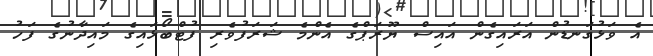
އެ ވަޅުގަނޑުން އަރައިގެން އައިސް ޔޫރަޕްގެ އެންމެ ޝަރަފުވެރި ފުޓްބޯޅައިގެ މައިދާނުގެ ފަހު